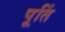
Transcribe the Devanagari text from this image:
पूतिं